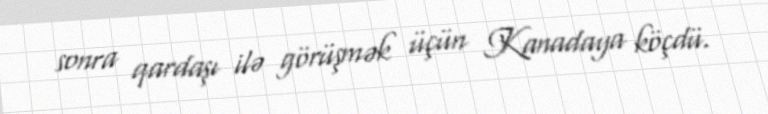
sonra qardaşı ilə görüşmək üçün Kanadaya köçdü.